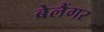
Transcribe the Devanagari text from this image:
बेलैंगर